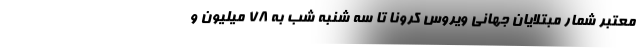
معتبر شمار مبتلایان جهانی ویروس کرونا تا سه شنبه شب به ۷۸ میلیون و